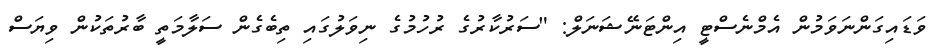
ވަޑައިގަންނަވަމުން އެމްނެސްޓީ އިންޓަނޭޝަނަލް: "ސަރުކާރުގެ ރުހުމުގެ ނިވަލުގައި ތިބެގެން ސަލާމަތީ ބާރުތަކުން ވިޔަސް